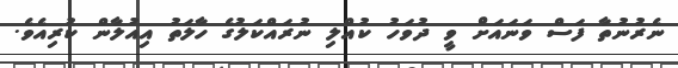
ނެރުނުތާ ފަސް ވަނައަށް ވީ ދުވަހު ކުއްލި ނުރައްކަލުގެ ހާލަތު އިއުލާން ކުރިއެވެ.